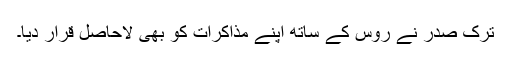
ترک صدر نے روس کے ساتھ اپنے مذاکرات کو بھی لاحاصل قرار دیا۔